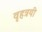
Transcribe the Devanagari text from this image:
वृहत्रयी